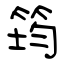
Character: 筠